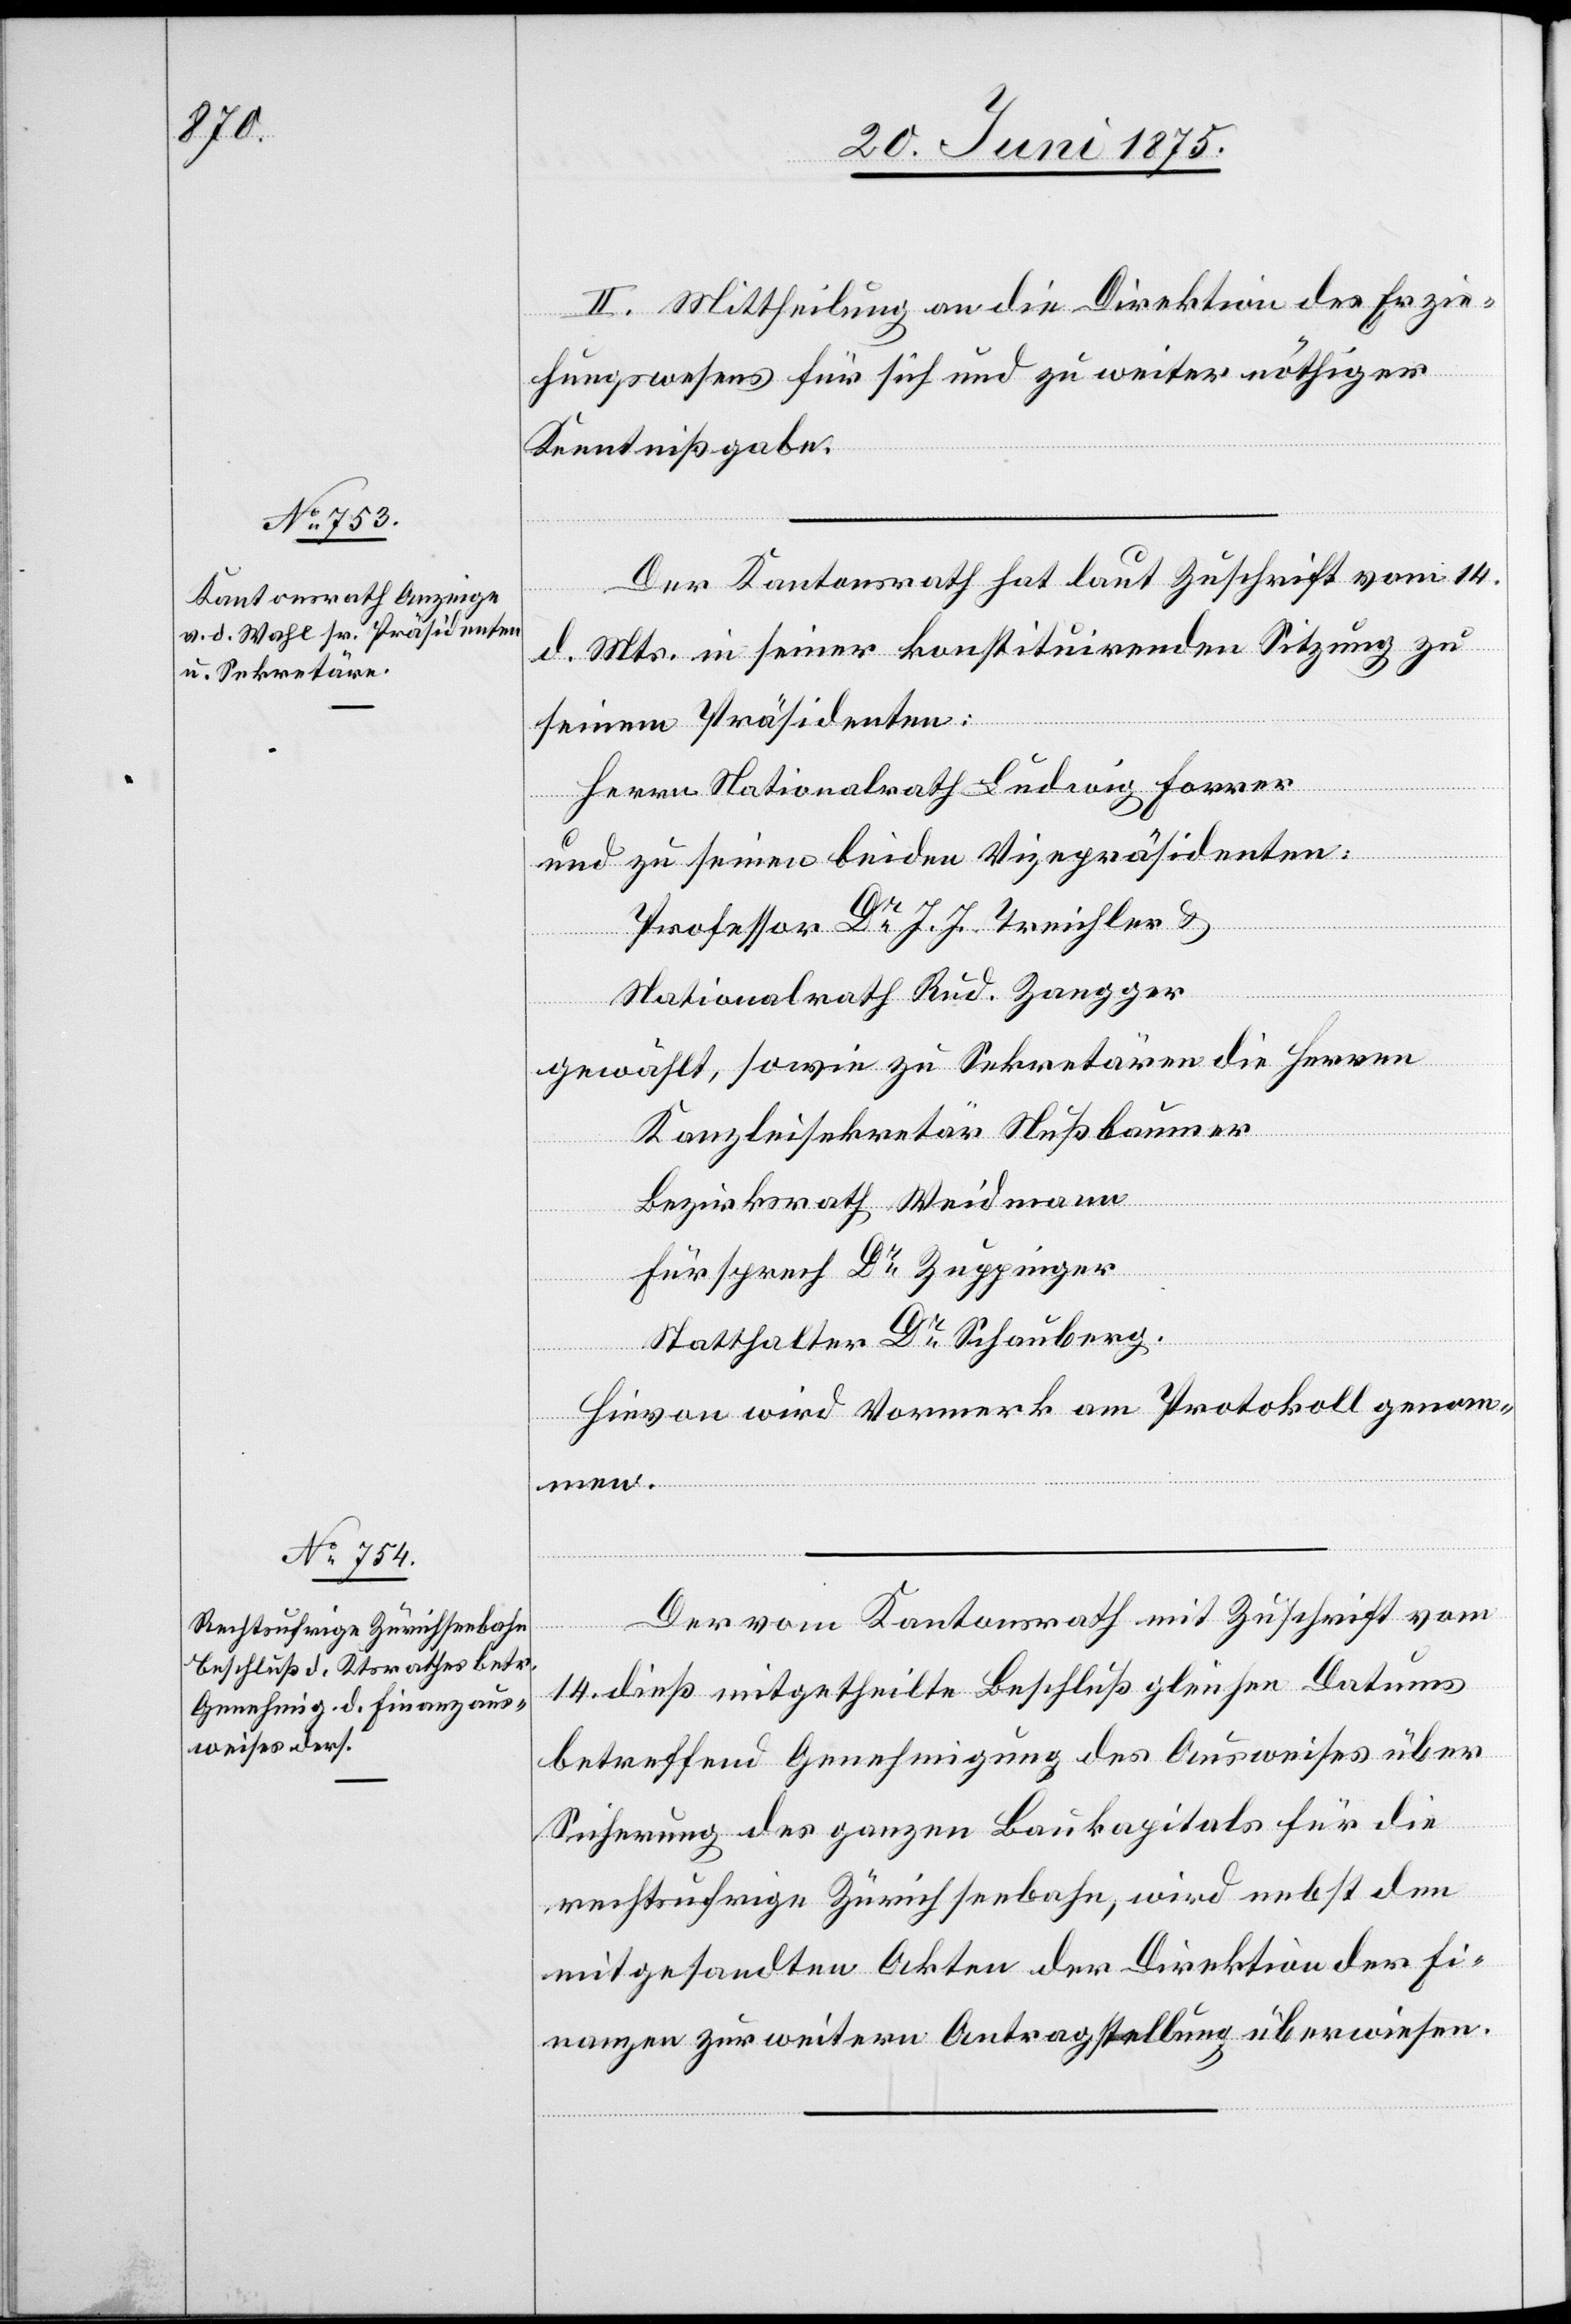
II. Mittheilung an die Direktion des Erzie¬
hungswesens für sich und zu weiter nöthiger
Kenntnißgabe.
Der Kantonsrath hat laut Zuschrift vom 14.
d. Mts. in seiner konstituirenden Sitzung
seinem Präsidenten:
Herrn Nationalrath Ludwig Forrer
und zu seinen beiden Vizepräsidenten:
Professor Dr J. J. Treichler &
Nationalrath Rud. Zangger
gewählt, sowie zu Sekretären die Herren
Kanzleisekretär Nußbaumer
Bezirksrath Weidmann
Fürsprech Dr Zuppinger
Statthalter Dr Schauberg.
Hievon wird Vormerk am Protokoll genom¬
men.
Der vom Kantonsrath mit Zuschrift vom
14. dieß mitgetheilte Beschluß gleichen Datums
betreffend Genehmigung des Ausweises über
Sicherung des ganzen Baukapitals für die
rechtsufrige Zürichseebahn, wird nebst den
mitgesandten Akten der Direktion der Fi¬
nanzen zur weitern Antragstellung überwiesen.